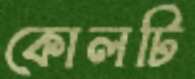
কোলটি